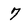
Character: 7